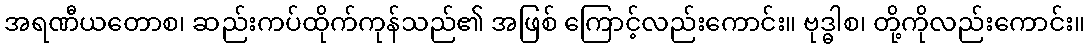
အရဏီယတောစ၊ ဆည်းကပ်ထိုက်ကုန်သည်၏ အဖြစ် ကြောင့်လည်းကောင်း။ ဗုဒ္ဓါစ၊ တို့ကိုလည်းကောင်း။